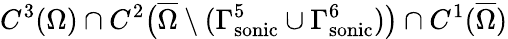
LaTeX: C^{3}(\Omega)\cap C^{2}\big(\overline{{\Omega}}\setminus(\Gamma_{\mathrm{{sonic}}}^{5}\cup\Gamma_{\mathrm{{sonic}}}^{6})\big)\cap C^{1}(\overline{{\Omega}})